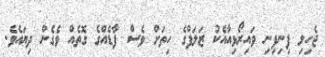
ޖެހިލި ފިނިފިނި ވައިރޯޅިއާއެކު ޒަލަފްގެ ހިތަށް ވެސް ފާޑެއްގެ ގޮތެއް ވެގެން ދިޔައެވެ.